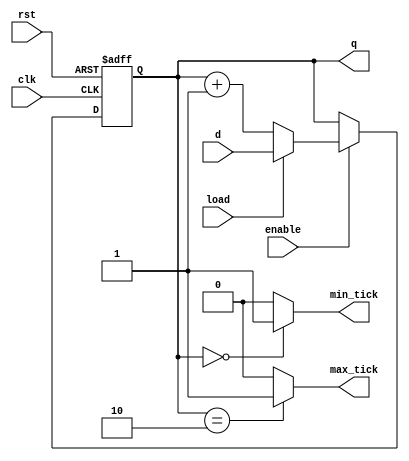
`timescale 1ns / 1ps

module counter_up #(parameter W=4)
(
input wire clk,
input wire rst,
input wire load,
input wire enable,
input wire [W-1:0] d,
output wire max_tick,
output wire min_tick,
output wire [W-1:0] q
);
reg [W-1:0] count;
always @(posedge clk, posedge rst)
begin
	if (rst)
		count <= 0;
	else if (enable)
	begin
		if (load)
		begin
			count <= d;
		end
		else
			count <= count + 1'b1;
	end
end
assign q = count;
assign max_tick = (count == 2'b10) ? 1'b1 : 1'b0;
assign min_tick = (count == 0) ? 1'b1 : 1'b0;
endmodule